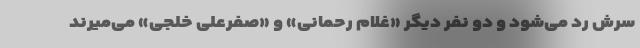
سرش رد می‌شود و دو نفر دیگر «غلام رحمانی» و «صفرعلی خلجی» می‌میرند